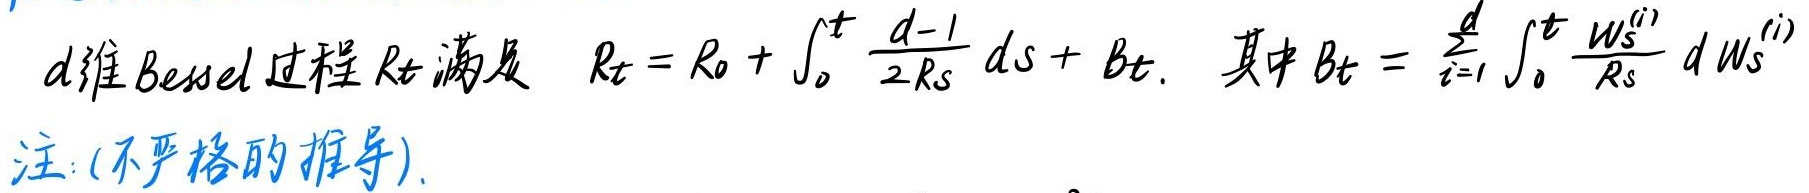
$d$维Bessel过程$R_t$满足 $R_t = R_0 + \int_0^t \frac{d - 1}{2R_s} ds + B_t.$ 其中$B_t = \sum_{i = 1}^d \int_0^t \frac{W_s^{(i)}}{R_s} dW_s^{(i)}$

注：(不严格的推导).